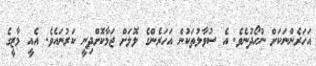
އަހަރެންނަކަށް ނުހޯދުނެވެ. އެ ސުވާލުތަކުން އަހަރެންގެ ލޮލަށް ޖަމާކޮށްދިނީ ކަރުނައެވެ. އެއީ މާޒީގެ